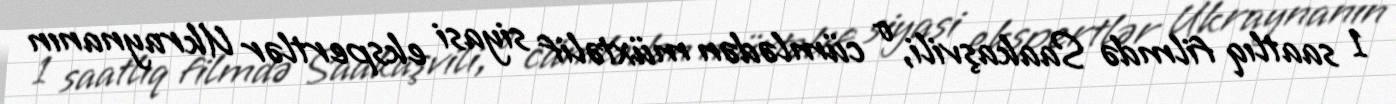
1 saatlıq filmdə Saakaşvili, o cümlədən müxtəlif siyasi ekspertlər Ukraynanın